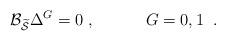
LaTeX: \begin{align*}{\cal B}_{\widetilde{{\cal S}}}\Delta ^G=0\;,\;\;\;\;\;\;\;\;\;\;\;G=0,1\;\;.\end{align*}